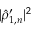
\vert \hat { \rho } _ { 1 , n } ^ { \prime } \vert ^ { 2 }